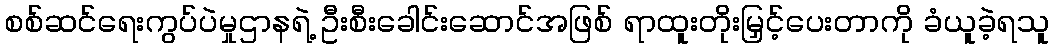
စစ်ဆင်ရေးကွပ်ပဲမှုဌာနရဲ့ ဦးစီးခေါင်းဆောင်အဖြစ် ရာထူးတိုးမြှင့်ပေးတာကို ခံယူခဲ့ရသူ